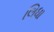
લિધા